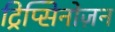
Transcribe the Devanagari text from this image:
ट्रिप्सिनोज़न